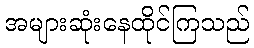
အများဆုံးနေထိုင်ကြသည်